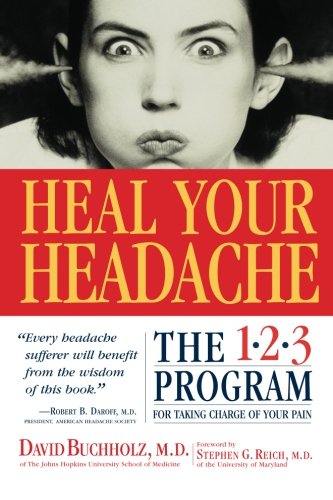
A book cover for Heal Your Headache; David Buchholz; Health, Fitness & Dieting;